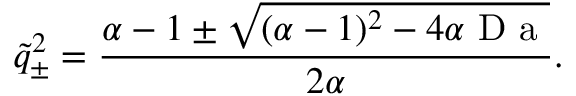
\tilde { q } _ { \pm } ^ { 2 } = \frac { \alpha - 1 \pm \sqrt { ( \alpha - 1 ) ^ { 2 } - 4 \alpha \mathrm { ~ D ~ a ~ } } } { 2 \alpha } .